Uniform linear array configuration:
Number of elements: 8
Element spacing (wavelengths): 0.5
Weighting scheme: blackman
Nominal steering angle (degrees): -45
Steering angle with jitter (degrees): -45.828
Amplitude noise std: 0.05
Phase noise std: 0.05

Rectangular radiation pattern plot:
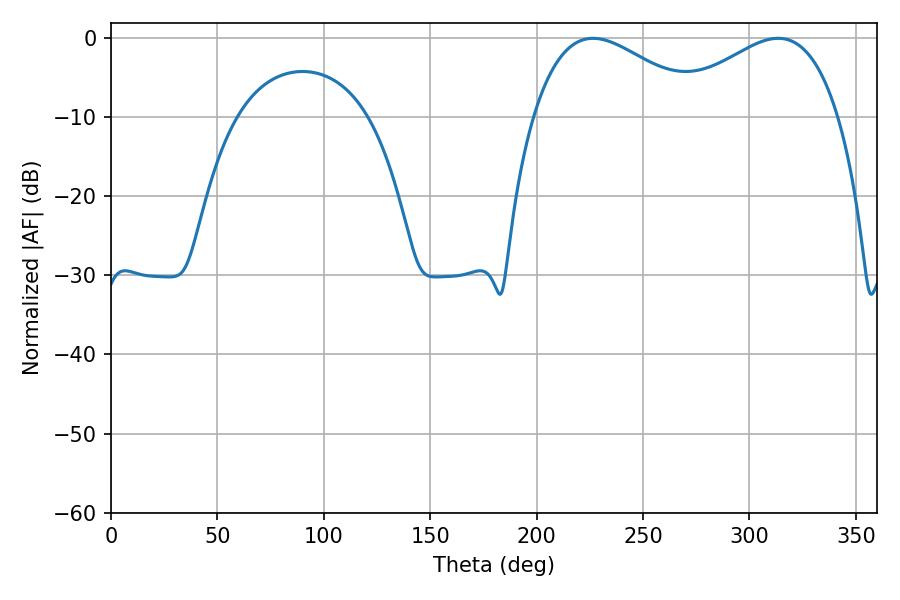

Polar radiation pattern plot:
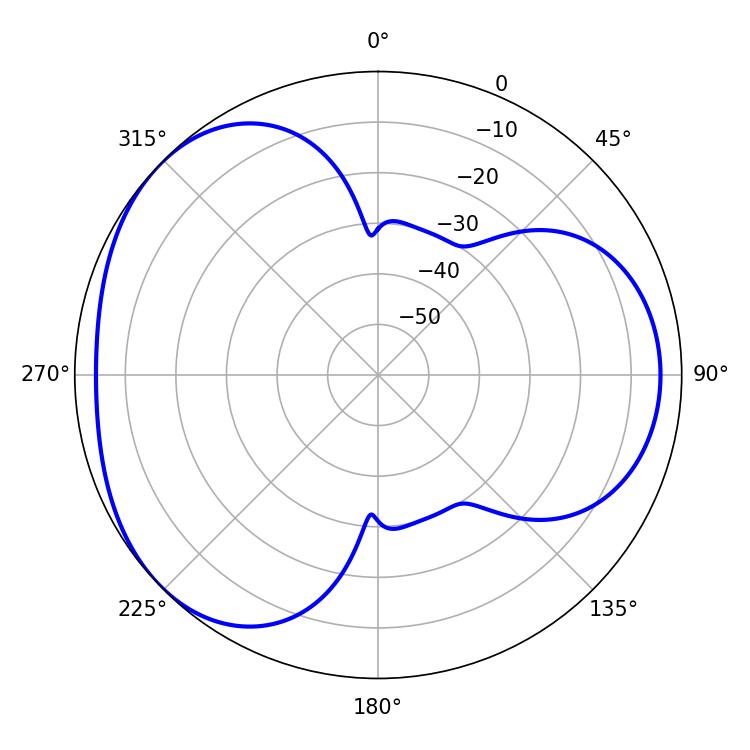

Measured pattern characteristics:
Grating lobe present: FALSE
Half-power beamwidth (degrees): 43.74
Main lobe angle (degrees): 226.44